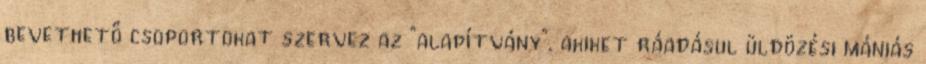
bevethető csoportokat szervez az "alapítvány", akiket ráadásul üldözési mániás